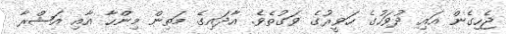
ޖެހިގެން އައި ދުވަހުގެ ހަވީރުގެ ވަގުތެވެ. އާދައިގެ މަތިން މިންހާ އާއި އަޝްރާ